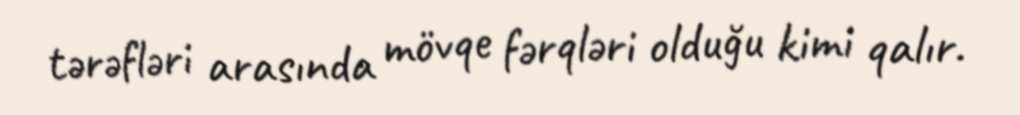
tərəfləri arasında mövqe fərqləri olduğu kimi qalır.